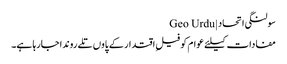
سولنگی اتحاد | Geo Urdu
مفادات کیلئے عوام کو فیلِ اقتدار کے پاوں تلے روندا جارہا ہے۔